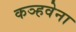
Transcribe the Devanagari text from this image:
कञ्हवेना